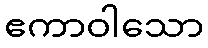
ဧကာဝါသော